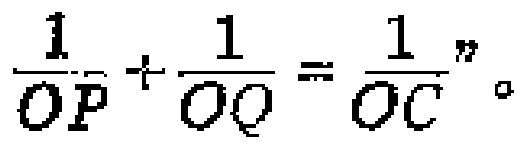
$\frac{1}{OP}+\frac{1}{OQ}=\frac{1}{OC}”。$